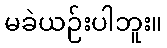
မခဲယဉ်းပါဘူး။